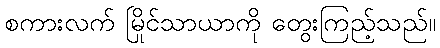
စကားလက် မြိုင်သာယာကို တွေးကြည့်သည်။